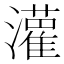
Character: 𫞞